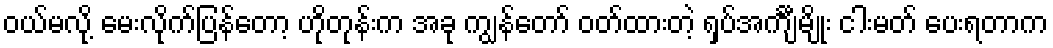
ဝယ်မလို့ မေးလိုက်ပြန်တော့ ဟိုတုန်းက အခု ကျွန်တော် ဝတ်ထားတဲ့ ရှပ်အင်္ကျီမျိုး ငါးမတ် ပေးရတာက